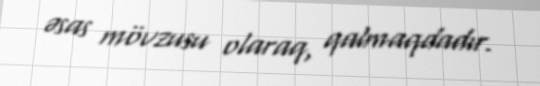
əsas mövzusu olaraq, qalmaqdadır.